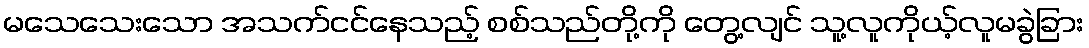
မသေသေးသော အသက်ငင်နေသည့် စစ်သည်တို့ကို တွေ့လျင် သူ့လူကိုယ့်လူမခွဲခြား